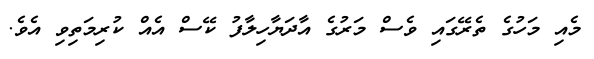
މެއި މަހުގެ ތެރޭގައި ވެސް މަރުގެ އާދަޔާހިލާފު ކޭސް އެއް ކުރިމަތިވި އެވެ.